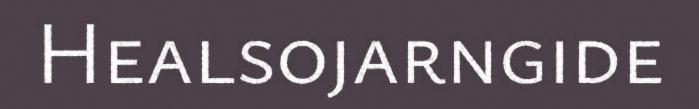
Healsojarngide